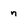
Character: n